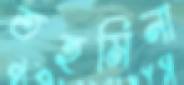
তহমিনা